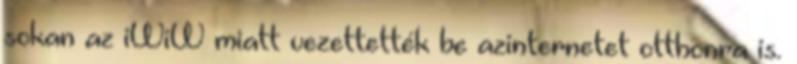
sokan az iWiW miatt vezettették be azinternetet otthonra is.